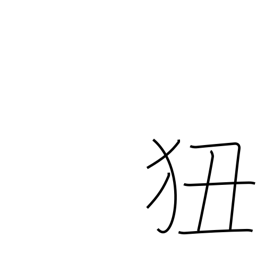
Meaning: learn